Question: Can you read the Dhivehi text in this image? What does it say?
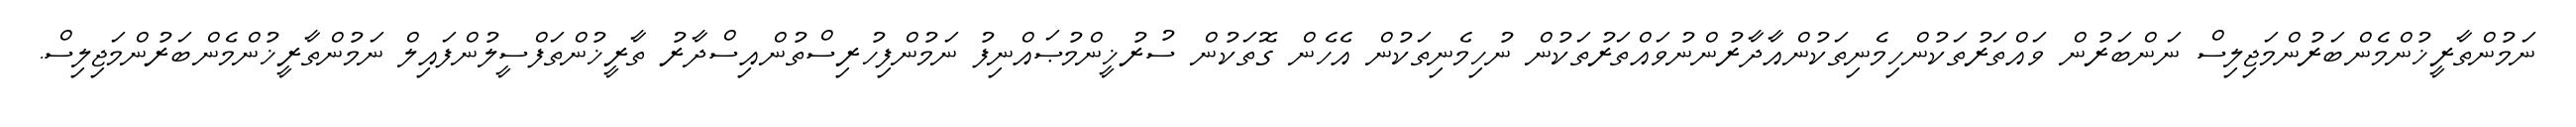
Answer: ނަމުންތާރީޚުންމެންބަރުންމަޖިލިސް ނަންބަރުން ވައްތަރުތަކުންހިމެނިތަކުންއާދާރުންނުވައްތަރުތަކުން ނުހިމެނިތަކުން އެހެން ގޮތަކުން ސުރުޚީންމުޞައްނިފު ނަމުންފިހުރިސްތުންއިސްދާރު ތާރީޚުންތަފްސީލުންފައިލް ނަމުންތާރީޚުންމެންބަރުންމަޖިލިސް.